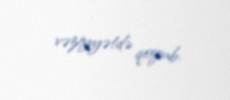
vəziyyətdə qoyub.